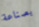
بصناعة